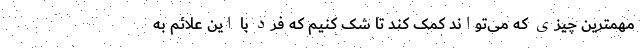
مهمترین چیزی که می‌تواند کمک کند تا شک کنیم که فرد با این علائم به